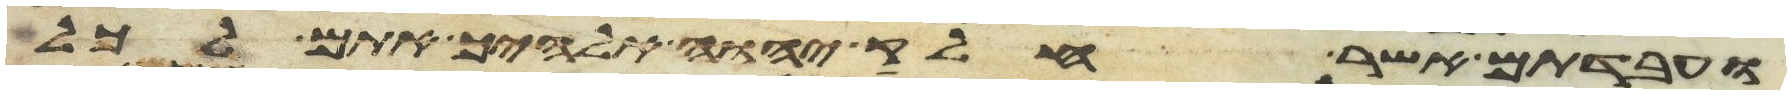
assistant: ועבדתם אשר חלק יהוה אלהיך אתם לכל